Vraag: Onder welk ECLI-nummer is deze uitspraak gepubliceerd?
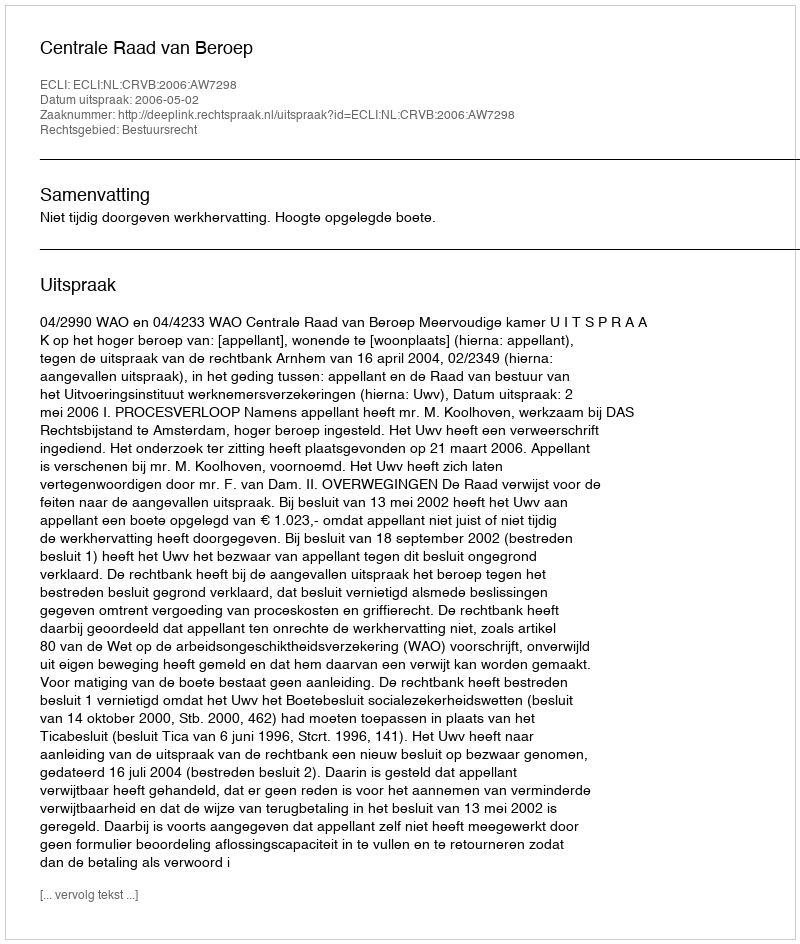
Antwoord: ECLI:NL:CRVB:2006:AW7298